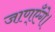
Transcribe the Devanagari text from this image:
जाण्‌एँगे।